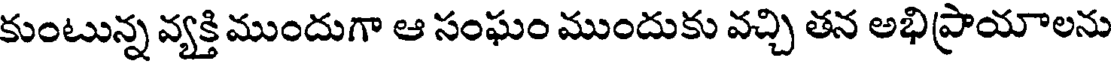
కుంటున్న వ్యక్తి ముందుగా ఆ సంఘం ముందుకు వచ్చి తన అభిప్రాయాలను